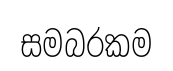
සමබරකම